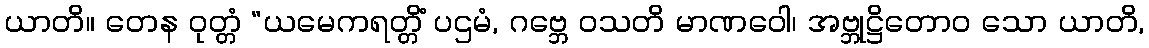
ယာတိ။ တေန ဝုတ္တံ “ယမေကရတ္တိံ ပဌမံ, ဂဗ္ဘေ ဝသတိ မာဏဝေါ၊ အဗ္ဘုဋ္ဌိတောဝ သော ယာတိ,